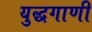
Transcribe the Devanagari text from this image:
युद्धगाणी